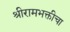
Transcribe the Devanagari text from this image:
श्रीरामभक्तीचा